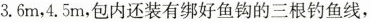
3.6m，4.5m，包内还装有绑好鱼钩的三根钓鱼线，